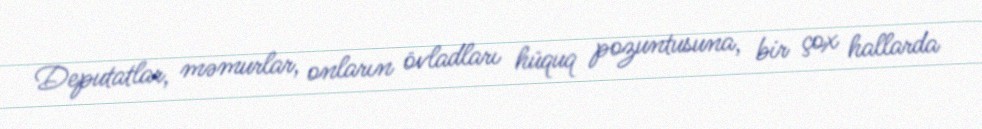
Deputatlar, məmurlar, onların övladları hüquq pozuntusuna, bir çox hallarda